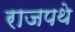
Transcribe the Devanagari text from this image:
राजपथे